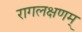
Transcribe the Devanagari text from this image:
रागलक्षणम्